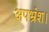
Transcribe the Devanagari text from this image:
अपभ्रंश।